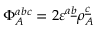
\Phi _ { A } ^ { a b c } = 2 \varepsilon ^ { a \underline { { { b } } } } \rho _ { A } ^ { \underline { { { c } } } }